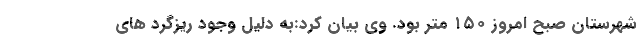
شهرستان صبح امروز ۱۵۰ متر بود. وی بیان کرد:به دلیل وجود ریزگرد های